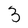
Character: 3